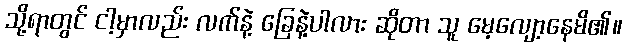
သို့ရာတွင် ငါ့မှာလည်း လက်နဲ့ ခြေနဲ့ပါလား ဆိုတာ သူ မေ့လျော့နေမိ၏။